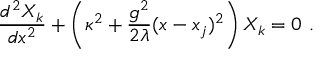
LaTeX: { \frac { d ^ { 2 } X _ { k } } { d x ^ { 2 } } } + \left( \kappa ^ { 2 } + { \frac { g ^ { 2 } } { 2 \lambda } } ( x - x _ { j } ) ^ { 2 } \right) X _ { k } = 0 \ .